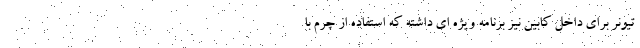
تیونر برای داخل کابین نیز برنامه ویژه ای داشته که استفاده از چرم با